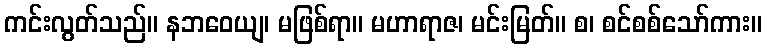
ကင်းလွတ်သည်။ နဘဝေယျ၊ မဖြစ်ရာ။ မဟာရာဇ၊ မင်းမြတ်။ စ၊ စင်စစ်သော်ကား။